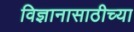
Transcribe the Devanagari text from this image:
विज्ञानासाठीच्या